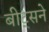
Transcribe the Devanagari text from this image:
बीट्सने